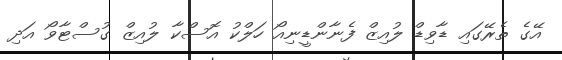
އޭގެ ތެރޭގައި ޑާވިޑް ލުއިޒް ފެނާންޑީނިއޯ ހަލްކު އޮސްކާ ލުއިޒް ގުސްޓާވޯ އަދި